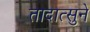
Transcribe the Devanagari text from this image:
तादात्सुने